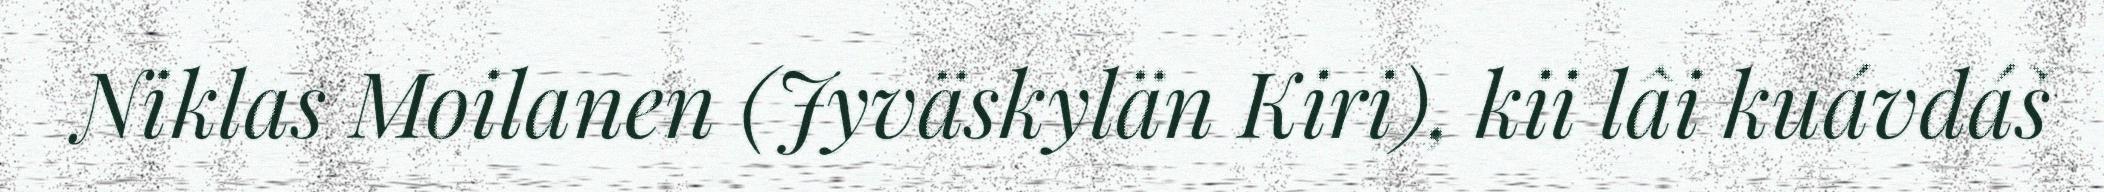
Niklas Moilanen (Jyväskylän Kiri), kii lâi kuávdáš